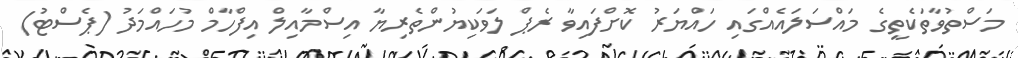
މަސްތުވާތަކެތީގެ މައްސަލައެއްގައި ހައްޔަރު ކޮށްފައިވާ ރެޕް ލަވަކިޔުންތެރިޔާ އިސްމާއިލް އިފްހާމް މުހައްމަދު (ޕެސްޓު)